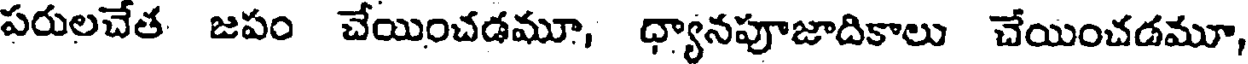
పరులచేత జపం చేయించడమూ, ధ్యానపూజాదికాలు చేయించడమూ,